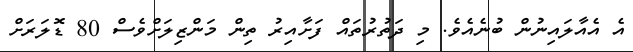
އެ އެއާލައިނުން ބުނެއެވެ. މި ދަތުރުތައް ފަށާއިރު ތިން މަންޒިލަށްވެސް 80 ޑޮލަރަށް